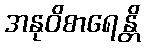
အနုဝိစာရေန္တိ